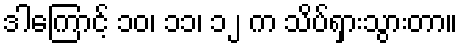
ဒါကြောင့် ၁၀၊ ၁၁၊ ၁၂ က သိပ်ရှားသွားတာ။